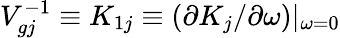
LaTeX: V_{gj}^{-1}\equiv K_{1j}\equiv(\partial K_{j}/\partial\omega)|_{\omega=0}